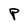
Character: P